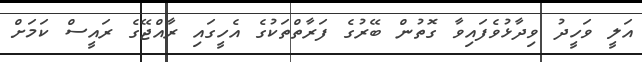
އަލީ ވަހީދު ވިދާޅުވެފައިވާ ގޮތުން ބޭރުގެ ފަރާތްތަކުގެ އެހީގައި ރާއްޖޭގެ ރައީސް ކަމަށް